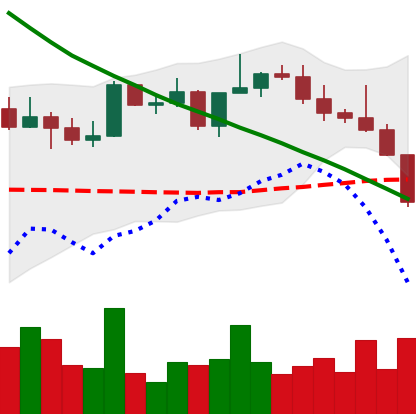
Ticker: NEO-USD
Chart end date: 2022-08-19
Forward return: 4.03%
Label: up_3_5